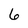
Character: 6